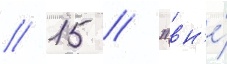
// 15 // "вн'е́